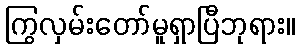
ကြွလှမ်းတော်မူရှာပြီဘုရား။